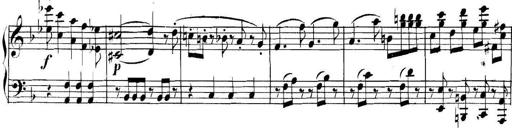
Title: Collected Piano Sonatas
Composer: Muzio Clementi